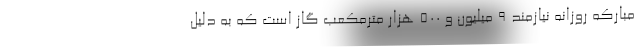
مبارکه روزانه نیازمند ۹ میلیون و ۵۰۰ هزار مترمکعب گاز است که به دلیل